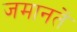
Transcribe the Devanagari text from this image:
जमानतें